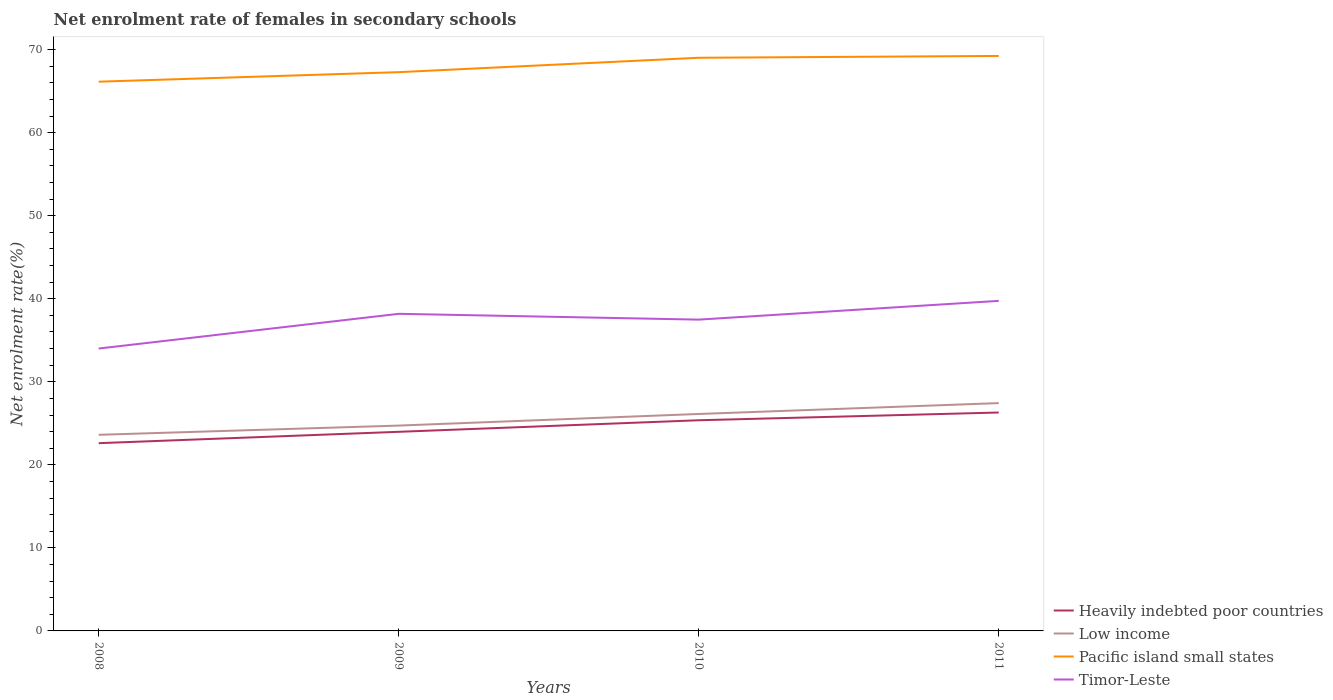
| Years | Heavily indebted poor countries | Low income | Pacific island small states | Timor-Leste |
 | --- | --- | --- | --- | --- |
 | 2008 | 22.6 | 23.6 | 66.1 | 34 |
 | 2009 | 24 | 24.7 | 67.3 | 38.2 |
 | 2010 | 25.4 | 26.1 | 69 | 37.5 |
 | 2011 | 26.3 | 27.4 | 69.2 | 39.7 |